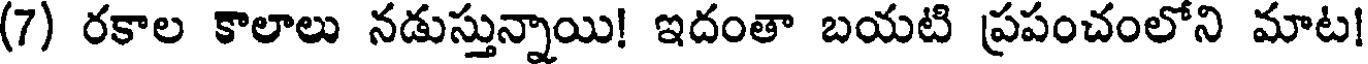
(7) రకాల కాలాలు నడుస్తున్నాయి! ఇదంతా బయటి ప్రపంచంలోని మాట!